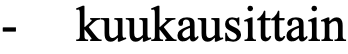
- kuukausittain